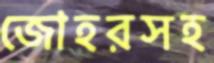
জোহরসহ